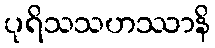
ပုရိသသဟဿာနိ